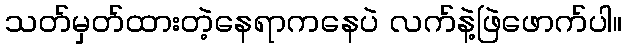
သတ်မှတ်ထားတဲ့နေရာကနေပဲ လက်နဲ့ဖြဲဖောက်ပါ။